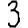
Digit: 3